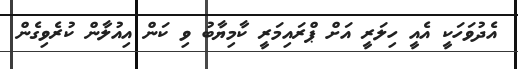
އެދުވަހަކީ އެއީ ހިލަރީ އަށް ޕްރައިމަރީ ކާމިޔާބު ވި ކަން އިއުލާން ކުރެވިގެން